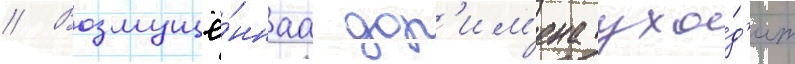
// Возмущё́ннаа дор'им'ена ухо́д'ит